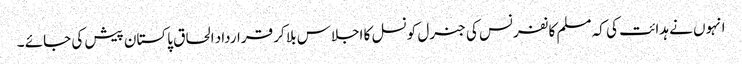
انہوں نے ہدائت کی کہ مسلم کانفرنس کی جنرل کونسل کا اجلاس بلا کر قرارداد الحاق پاکستان پیش کی جائے ۔